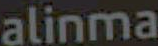
alinma